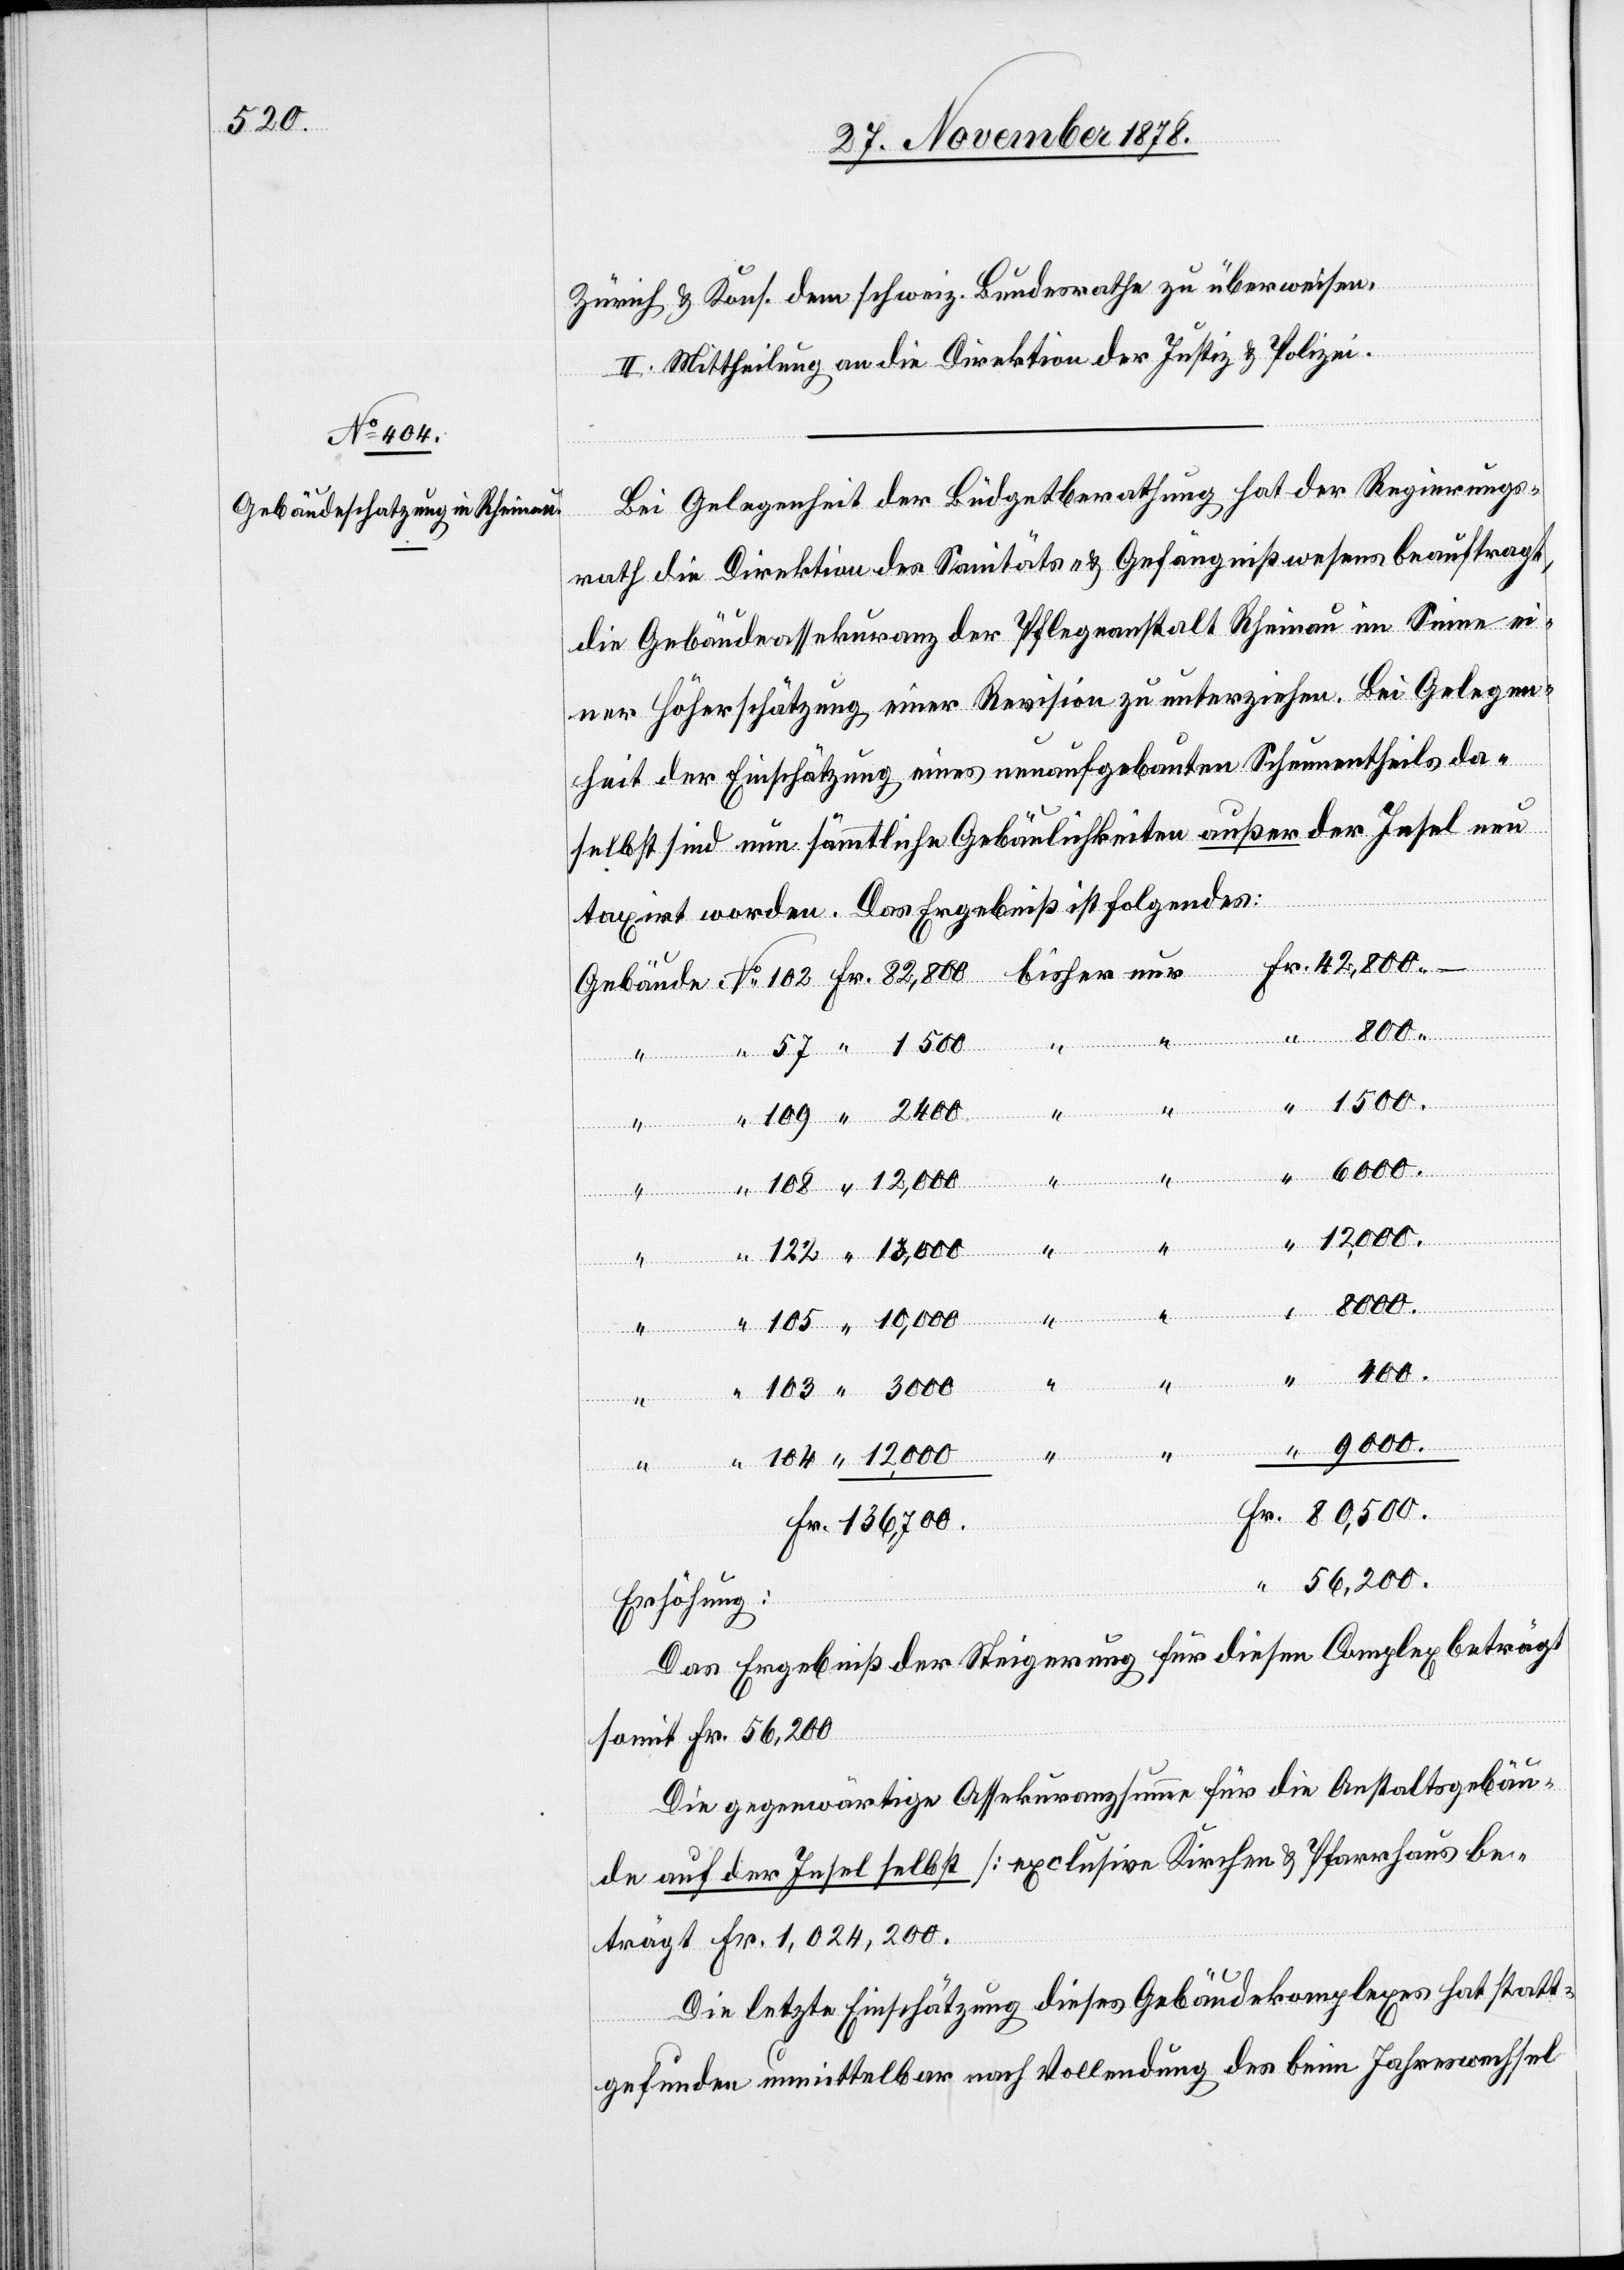
Zürich & Kons. dem schweiz. Bundesrathe zu überweisen.
II. Mittheilung an die Direktion der Justiz & Polizei.
Bei Gelegenheit der Büdgetberathung hat der Regierungs¬
rath die Direktion des Sanitäts- & Gefängnißwesens beauftragt,
die Gebäudeassekuranz der Pflegeanstalt Rheinau im Sinne ei¬
ner Höherschätzung einer Revision zu unterziehen. Bei Gelegen¬
heit der Einschätzung eines unaufgebauten Scheunentheils da¬
selbst sind nun sämmtliche Gebäulichkeiten außer der Insel neu
taxirt worden. Das Ergebniß ist folgendes:
2400
1500.
104
bisher
3000
“
nur
“
Fr.
9000.
Erhöhung:
Das Ergebniß der Steigerung für diesen Complex beträgt
somit Fr. 56,200.
Die gegenwärtige Assekuranzsumme für die Anstaltsgebäu¬
de auf der Insel selbst [exclusive Kirchen & Pfarrhaus] be¬
trägt Fr. 1,024,200.
Die letzte Einschätzung dieses Gebäudekomplexes hat statt¬
122
gefunden unmittelbar nach Vollendung des beim Jahreswechsel